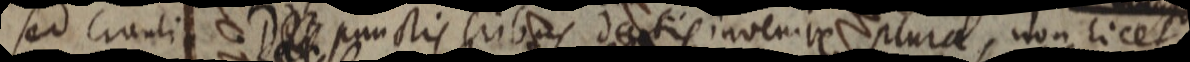
sed circuli _ punctis tribus datis invenive plura, non licet